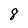
Character: 8